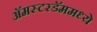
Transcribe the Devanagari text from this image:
अॅमस्टरडॅममध्ये